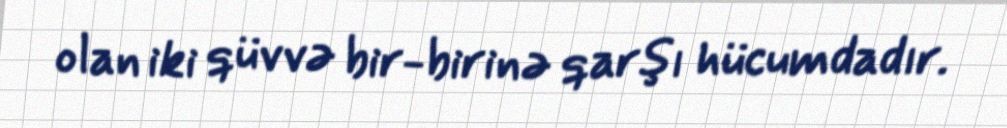
olan iki qüvvə bir-birinə qarşı hücumdadır.